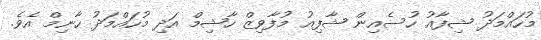
މުހައްމަދު ޝިފާއު ހުސެއިން ޝާފިއު މުފާވިޒް ހާޝިމް އަދި މުހައްމަދު ހާނިމް އެވެ.